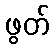
ဖွတ်